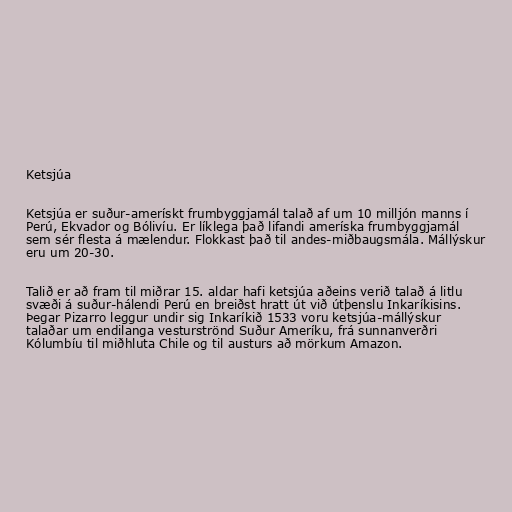
Ketsjúa

Ketsjúa er suður-amerískt frumbyggjamál talað af um 10 milljón manns í
Perú, Ekvador og Bólivíu. Er líklega það lifandi ameríska frumbyggjamál
sem sér flesta á mælendur. Flokkast það til andes-miðbaugsmála. Mállýskur
eru um 20-30.

Talið er að fram til miðrar 15. aldar hafi ketsjúa aðeins verið talað á litlu
svæði á suður-hálendi Perú en breiðst hratt út við útþenslu Inkaríkisins.
Þegar Pizarro leggur undir sig Inkaríkið 1533 voru ketsjúa-mállýskur
talaðar um endilanga vesturströnd Suður Ameríku, frá sunnanverðri
Kólumbíu til miðhluta Chile og til austurs að mörkum Amazon.